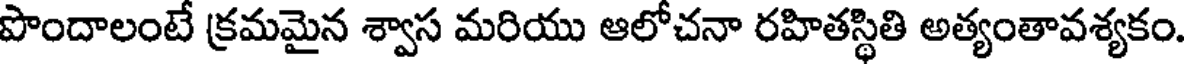
పొందాలంటే క్రమమైన శ్వాస మరియు ఆలోచనా రహితస్థితి అత్యంతావశ్యకం.